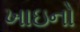
ખાઇનો